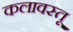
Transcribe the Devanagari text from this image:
कलावस्तू